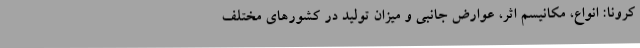
کرونا: انواع، مکانیسم اثر، عوارض جانبی و میزان تولید در کشورهای مختلف